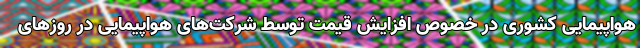
هواپیمایی کشوری در خصوص افزایش قیمت توسط شرکت‌های هواپیمایی در روزهای